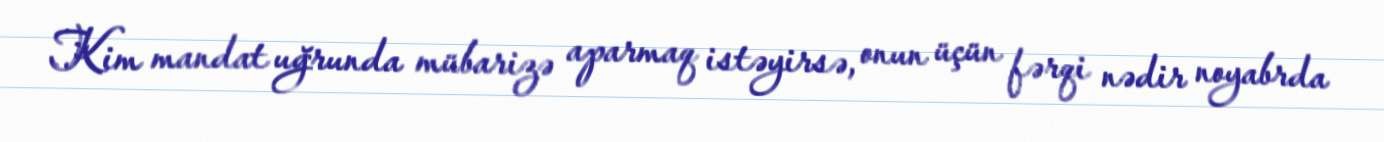
Kim mandat uğrunda mübarizə aparmaq istəyirsə, onun üçün fərqi nədir noyabrda